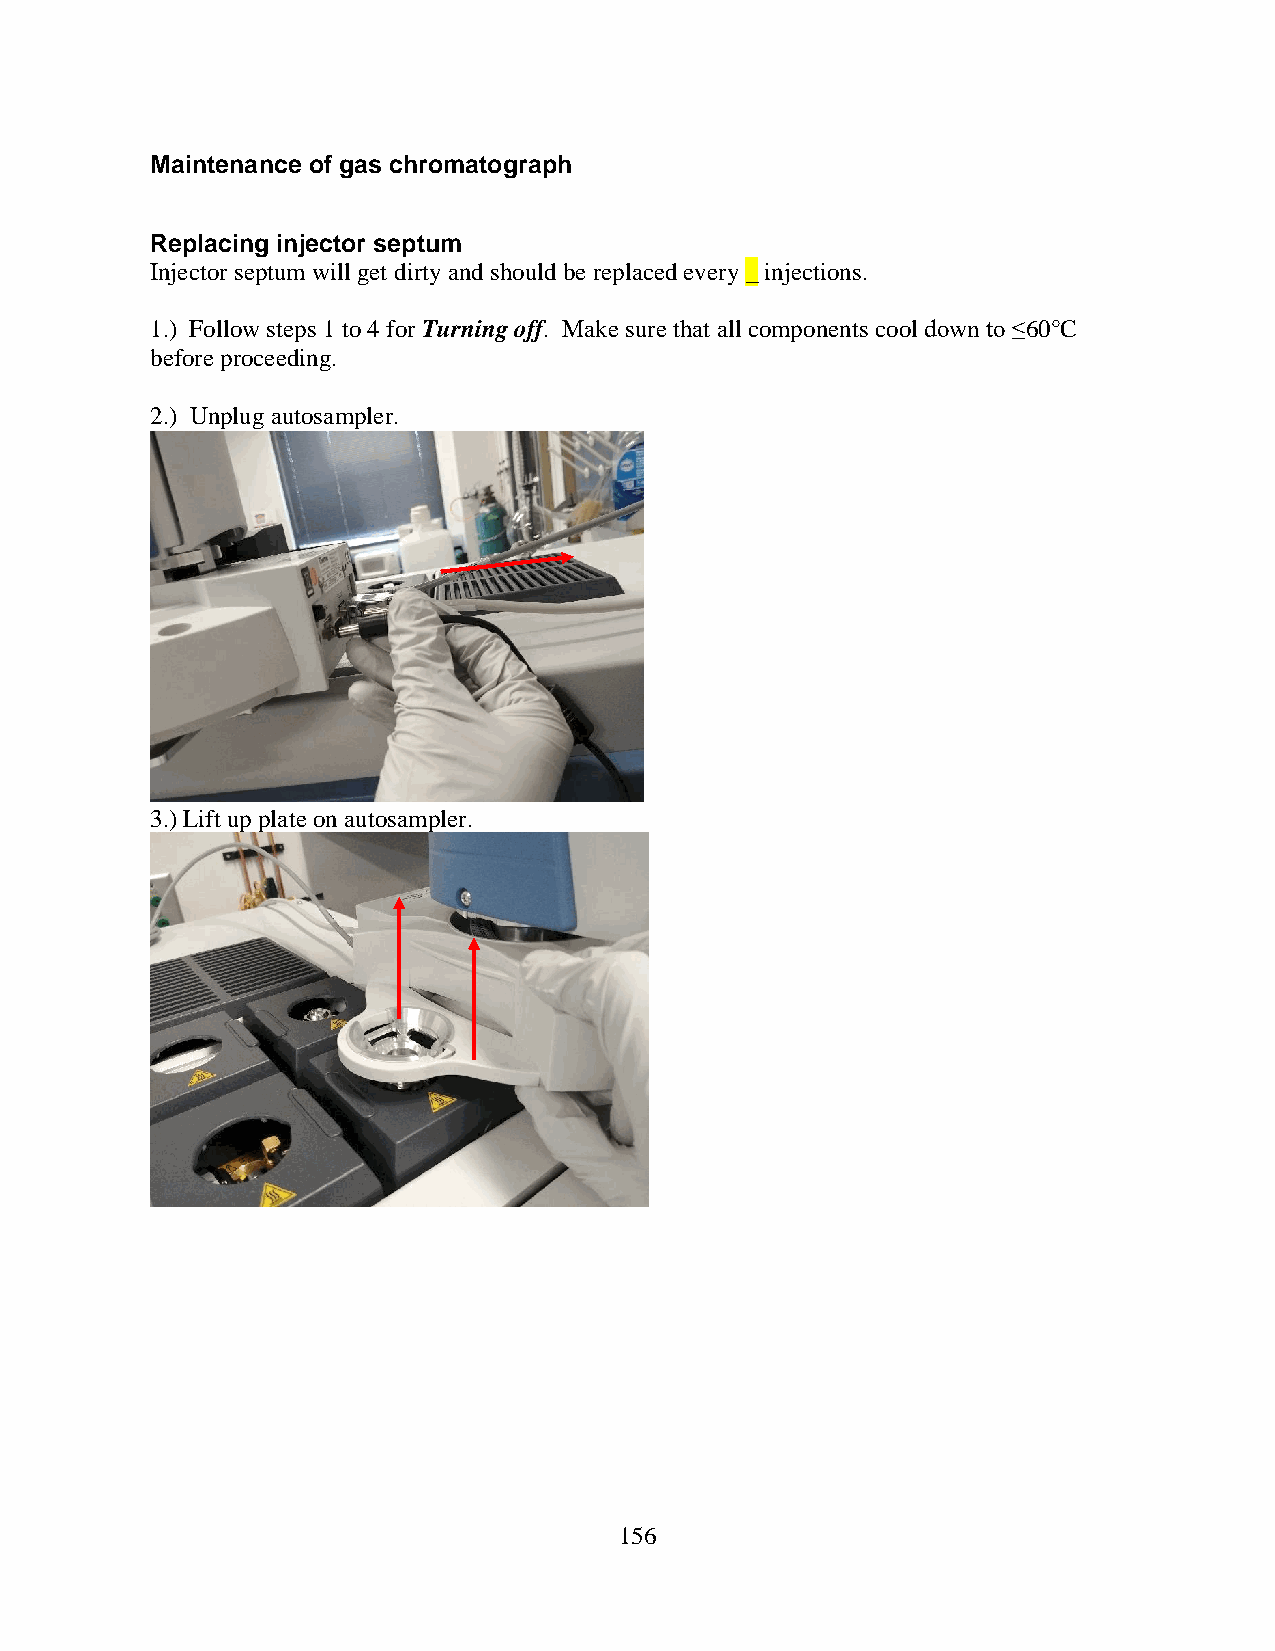
Maintenance of gas chromatograph
 Replacing injector septum
 Injector septum will get dirty and should be replaced every _ injections.
 1.) Follow steps 1 to 4 for Turning off. Make sure that all components cool down to ≤60°C
 before proceeding.
 2.) Unplug autosampler.
 3.) Lift up plate on autosampler.
 156